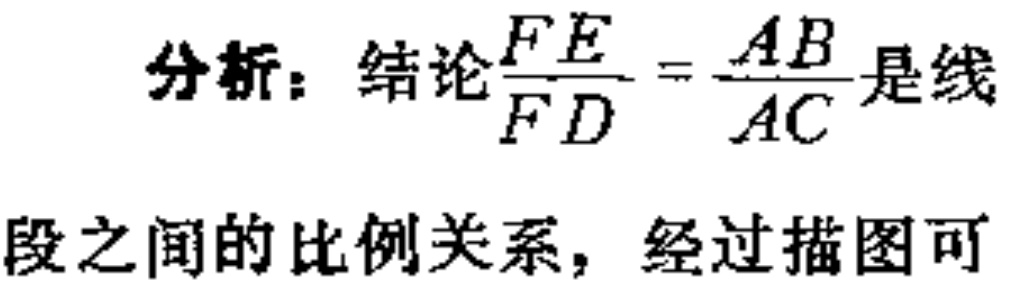
分析：结论$\frac{FE}{FD}=\frac{AB}{AC}$是线
段之间的比例关系，经过描图可